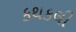
કથકલી